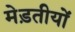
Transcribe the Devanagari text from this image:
मेड़तीयों